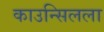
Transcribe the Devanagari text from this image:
काउन्सिलला